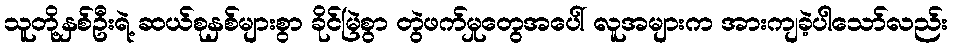
သူတို့နှစ်ဦးရဲ့ ဆယ်စုနှစ်များစွာ ခိုင်မြဲစွာ တွဲဖက်မှုတွေအပေါ် လူအများက အားကျခဲ့ပါသော်လည်း